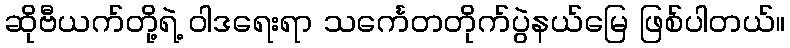
ဆိုဗီယက်တို့ရဲ့ ၀ါဒရေးရာ သင်္ကေတတိုက်ပွဲနယ်မြေ ဖြစ်ပါတယ်။